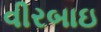
વીરબાઇ